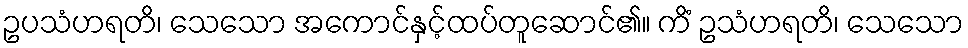
ဥပသံဟရတိ၊ သေသော အကောင်နှင့်ထပ်တူဆောင်၏။ ကိံ ဥသံဟရတိ၊ သေသော